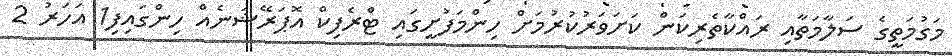
މަގުމަތީގެ ސަލާމަތާއި ރައްކާތެރިކަން ކަށަވަރުކުރުމަށް ހިންމަފުށީގައި ޓްރެފިކް އޮޕަރޭޝަނެއް ހިންގައިފި1 އަހަރު 2